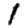
Digit: 1